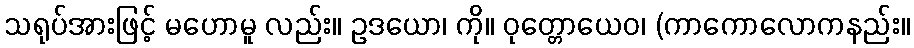
သရုပ်အားဖြင့် မဟောမူ လည်း။ ဥဒယော၊ ကို။ ဝုတ္တောယေဝ၊ (ကာကောလောကနည်း။